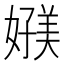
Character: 𰌗